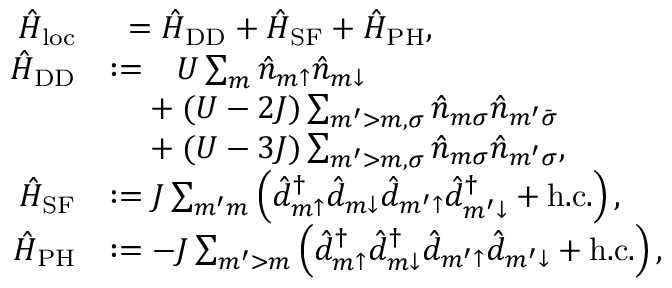
\begin{array} { r l } { \hat { H } _ { \mathrm { l o c } } } & { \phantom { : } = \hat { H } _ { \mathrm { D D } } + \hat { H } _ { \mathrm { S F } } + \hat { H } _ { \mathrm { P H } } , } \\ { \hat { H } _ { \mathrm { D D } } } & { : = \phantom { + } U \sum _ { m } \hat { n } _ { m { \uparrow } } \hat { n } _ { m { \downarrow } } } \\ & { \phantom { : = } + ( U - 2 J ) \sum _ { m ^ { \prime } > m , \sigma } \hat { n } _ { m \sigma } \hat { n } _ { m ^ { \prime } \bar { \sigma } } } \\ & { \phantom { : = } + ( U - 3 J ) \sum _ { m ^ { \prime } > m , \sigma } \hat { n } _ { m \sigma } \hat { n } _ { m ^ { \prime } \sigma } , } \\ { \hat { H } _ { \mathrm { S F } } } & { : = J \sum _ { m ^ { \prime } m } \left( \hat { d } _ { m { \uparrow } } ^ { \dagger } \hat { d } _ { m { \downarrow } } \hat { d } _ { m ^ { \prime } { \uparrow } } \hat { d } _ { m ^ { \prime } { \downarrow } } ^ { \dagger } + \mathrm { h . c . } \right) , } \\ { \hat { H } _ { \mathrm { P H } } } & { : = - J \sum _ { m ^ { \prime } > m } \left( \hat { d } _ { m { \uparrow } } ^ { \dagger } \hat { d } _ { m { \downarrow } } ^ { \dagger } \hat { d } _ { m ^ { \prime } { \uparrow } } \hat { d } _ { m ^ { \prime } { \downarrow } } + \mathrm { h . c . } \right) , } \end{array}